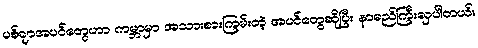
ပစ်ချာအပင်တွေဟာ ကမ္ဘာမှာ အသားစားကြမ်းတဲ့ အပင်တွေဆိုပြီး နာမည်ကြီးလှပါတယ်။